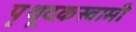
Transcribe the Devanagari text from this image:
पृथूदकस्वामी